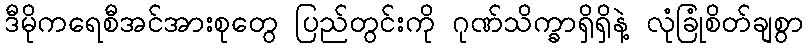
ဒီမိုကရေစီအင်အားစုတွေ ပြည်တွင်းကို ဂုဏ်သိက္ခာရှိရှိနဲ့ လုံခြုံစိတ်ချစွာ